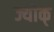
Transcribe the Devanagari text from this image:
ज्योक्